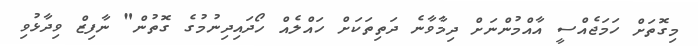
މިގޮތަށް ހަމަޖެއްސީ އާއްމުންނަށް ދިމާވާނެ ދަތިތަކަށް ހައްލެއް ހޯދައިދިނުމުގެ ގޮތުން" ނާފިޒް ވިދާޅުވި